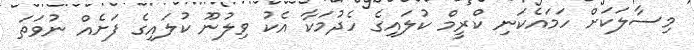
މިސާލަކަށް ހަމައެކަނި ކްރީމް ކުލައިގެ ހެދުމަކާ އެކު ވިލުނޫ ކުލައިގެ ފަށެއް ނުވަތަ